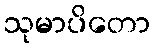
သုမာပိတော